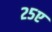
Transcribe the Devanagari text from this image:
२५ए